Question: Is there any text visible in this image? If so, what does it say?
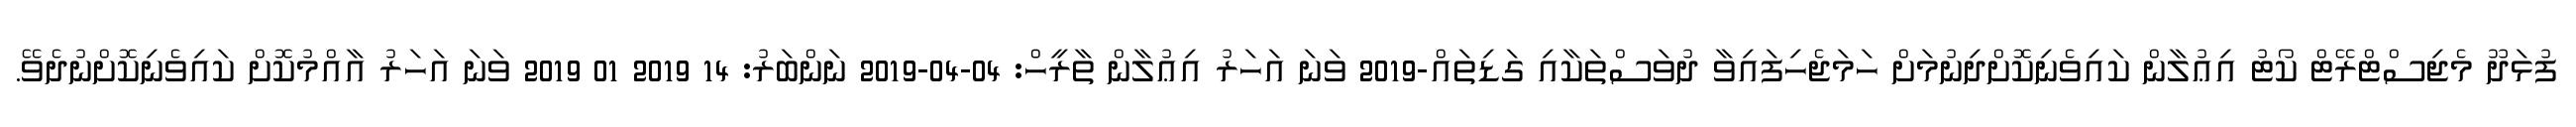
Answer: ފުޅަދޫ މެޖިސްޓްރޭޓް ކޯޓު އިޢުލާން ކައިވެނިކޮށްދިނުމަށް ހަމަޖެހިފައިވާ ދުވަސްތަކާއި ގަޑިތައް-2019 ވަނަ އަހަރު އިޢުލާން ތާރީހް: 04-04-2019 ނަންބަރު: 14 2019 01 2019 ވަނަ އަހަރު އާއްމުކޮށް ކައިވެނިކޮށްނުދެވޭ.